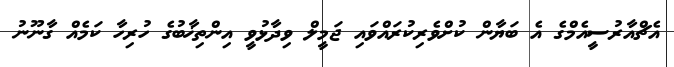
އެޗްއާރުސީއެމްގެ އެ ބަޔާން ކުށްވެރިކުރައްވައި ޖަމީލް ވިދާޅުވީ އިންތިޚާބުގެ ހުރިހާ ކަމެއް ގާނޫނު